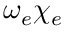
\omega _ { e } \chi _ { e }